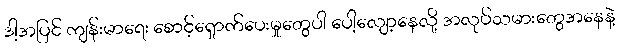
ဒါ့အပြင် ကျန်းမာရေး စောင့်ရှောက်ပေးမှုတွေပါ ပေါ့လျော့နေလို့ အလုပ်သမားတွေအနေနဲ့